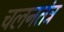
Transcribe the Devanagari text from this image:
चलनतंत्र